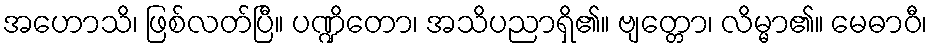
အဟောသိ၊ ဖြစ်လတ်ပြီ။ ပဏ္ဍိတော၊ အသိပညာရှိ၏။ ဗျတ္တော၊ လိမ္မာ၏။ မေဓာဝီ၊